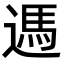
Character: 遤